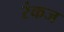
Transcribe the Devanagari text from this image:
रंकज